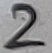
Text: 2